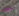
عمت